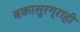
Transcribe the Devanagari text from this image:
बकासुरग्राही